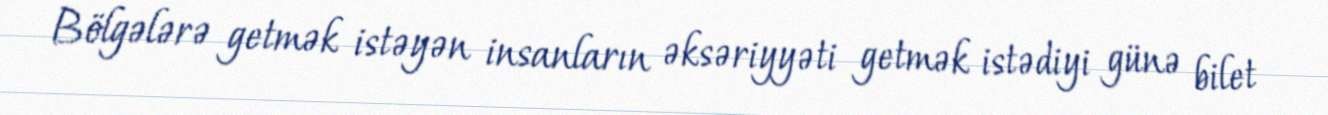
Bölgələrə getmək istəyən insanların əksəriyyəti getmək istədiyi günə bilet